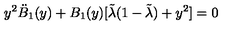
y ^ { 2 } \ddot { B } _ { 1 } ( y ) + B _ { 1 } ( y ) [ \tilde { \lambda } ( 1 - \tilde { \lambda } ) + y ^ { 2 } ] = 0